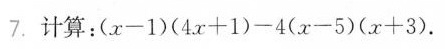
7. 计算：（x-1）（4x+1）-4(x-5)(x+3).